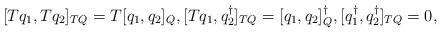
LaTeX: \begin{align*}[Tq_1,Tq_2]_{TQ} = T[q_1,q_2]_Q,[Tq_1,q_2^\dagger]_{TQ} = [q_1,q_2]_Q^\dagger,[q_1^\dagger,q_2^\dagger]_{TQ} = 0,\end{align*}